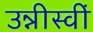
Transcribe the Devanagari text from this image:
उन्नीस्वीं